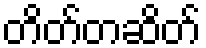
တိတ်တဆိတ်